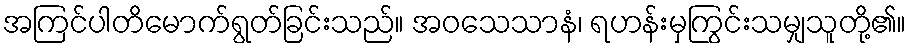
အကြင်ပါတိမောက်ရွတ်ခြင်းသည်။ အဝသေသာနံ၊ ရဟန်းမှကြွင်းသမျှသူတို့၏။